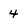
Character: 4